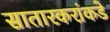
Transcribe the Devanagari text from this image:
सातारकरांकडे